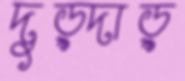
দুড়্‌দাড়্‌